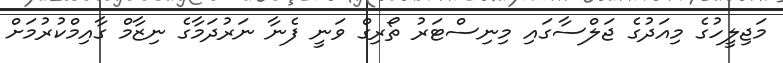
މަޖިލީހުގެ މިއަދުގެ ޖަލްސާގައި މިނިސްޓަރު ތޯރިގް ވަނީ ފެނާ ނަރުދަމާގެ ނިޒާމް ގާއިމްކުރުމަށް